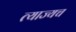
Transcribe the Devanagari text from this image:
त्याज्यच